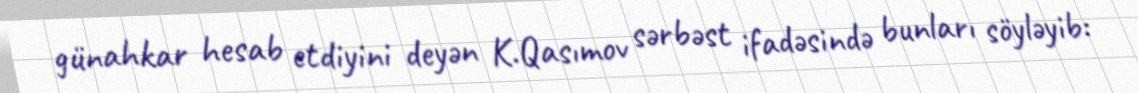
günahkar hesab etdiyini deyən K.Qasımov sərbəst ifadəsində bunları söyləyib: